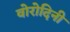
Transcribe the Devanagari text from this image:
वोरोदिनी